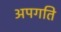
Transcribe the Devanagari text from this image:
अपगति